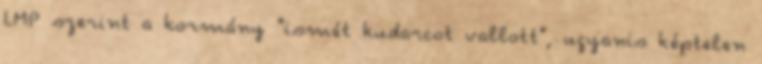
LMP szerint a kormány "ismét kudarcot vallott", ugyanis képtelen